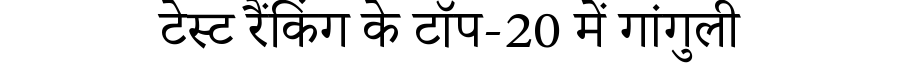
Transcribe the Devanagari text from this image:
टेस्ट रैंकिंग के टॉप-20 में गांगुली